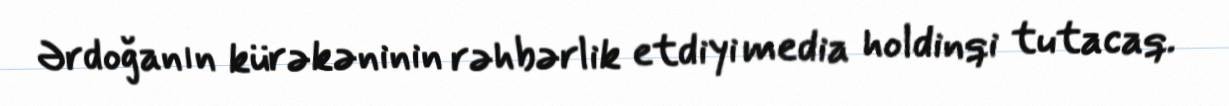
Ərdoğanın kürəkəninin rəhbərlik etdiyi media holdinqi tutacaq.